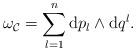
LaTeX: \begin{align*}\omega_{\cal C}=\sum_{l=1}^n{\rm d} p_l \wedge {\rm d} q^l.\end{align*}